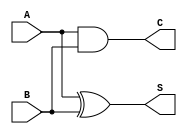
module HalfAdder (
    input wire A,
    input wire B,
    output wire S,
    output wire C
);
    assign S = A ^ B; // Sum
    assign C = A & B; // Carry
endmodule